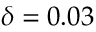
\delta = 0 . 0 3